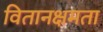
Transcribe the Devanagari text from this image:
वितानक्षमता